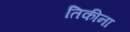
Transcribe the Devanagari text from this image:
तिकीना